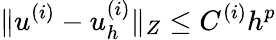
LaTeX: \| u^{(i)}-u_{h}^{(i)}\| _{Z}\leq C^{(i)}h^{p}